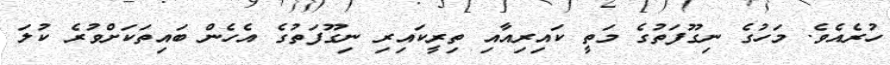
ހުރެއެވެ. މަހުގެ ނިގޫފަތުގެ މަތީ ކައިރިއާއި ތިރީކައިރި ނިގޫފަތުގެ އެހެން ބައިތަކަށްވުރެ ކުލަ